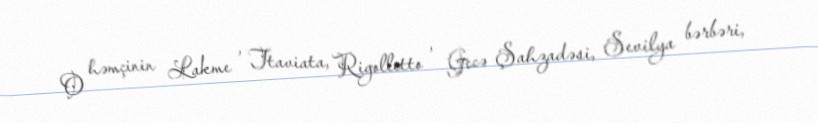
O həmçinin Lakme , Ttaviata, Rigolletto , Gecə Şahzadəsi, Sevilya bərbəri,